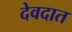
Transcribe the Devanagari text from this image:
देवदात